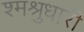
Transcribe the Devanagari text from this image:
श्मश्रुधारी